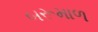
બરૂમાળ